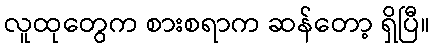
လူထုတွေက စားစရာက ဆန်တော့ ရှိပြီ။